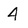
Character: 4